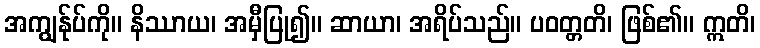
အကျွန်ုပ်ကို။ နိဿာယ၊ အမှီပြု၍။ ဆာယာ၊ အရိပ်သည်။ ပဝတ္တတိ၊ ဖြစ်၏။ ဣတိ၊